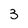
Character: 3